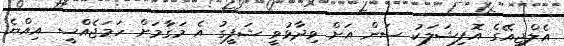
އެލްޖީއޭގެ އޮފިޝަލަކު ސަން އަށް ވިދާޅުވީ ޝަފީގު އެ މަގާމަށް ހަމަޖެއްސީ އިއްޔެ